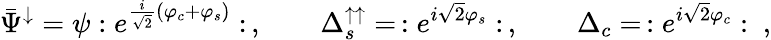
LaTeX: \bar{\Psi}^{\downarrow}=\psi:e^{\frac{i}{\sqrt{2}}(\varphi_{c}+\varphi_{s})}:\, ,\qquad\Delta_{s}^{\uparrow\uparrow}=\, :e^{i\sqrt{2}\varphi_{s}}:\, ,\qquad\Delta_{c}=\, :e^{i\sqrt{2}\varphi_{c}}:\ ,